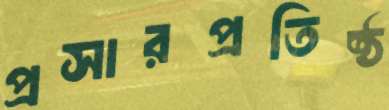
প্রসারপ্রতিষ্ঠ